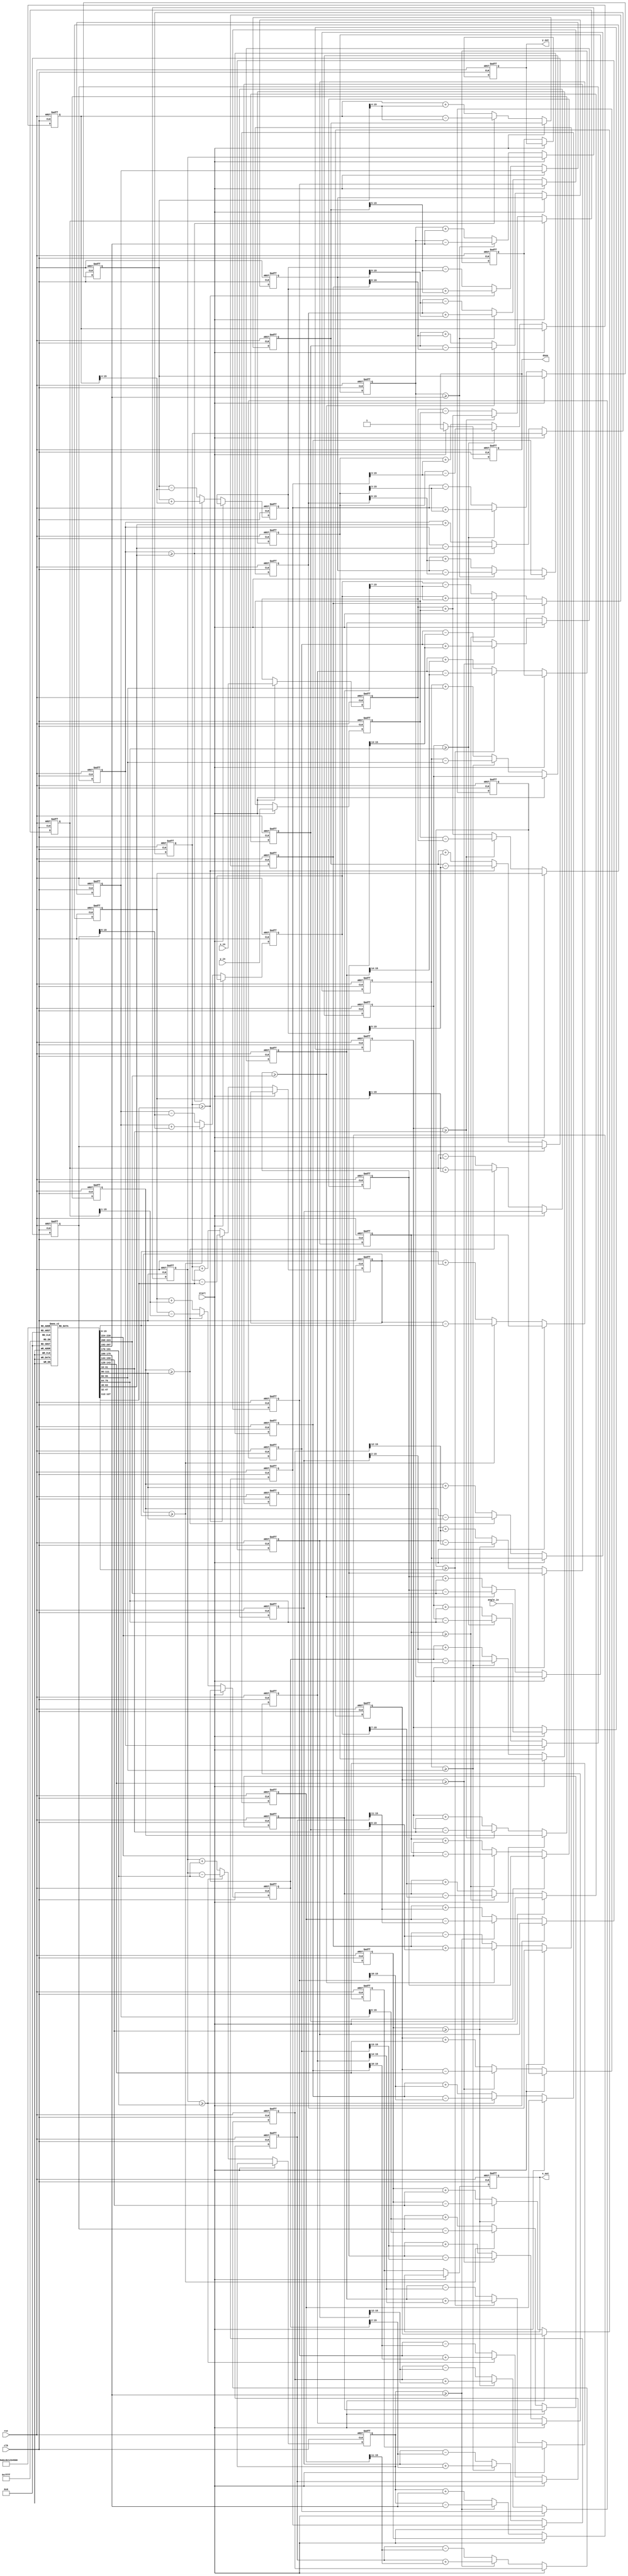
module pipeline_cordic (
    input clk,
    input rst,
    input start,
    input [15:0] x_in,       // Input X coordinate
    input [15:0] y_in,       // Input Y coordinate
    input [15:0] angle_in,   // Input angle in radians (scaled)
    output reg [15:0] x_out,  // Output X coordinate
    output reg [15:0] y_out,  // Output Y coordinate
    output reg done          // Indicates processing is complete
);

parameter NUM_STAGES = 16;  // Number of CORDIC stages
reg [15:0] x_reg [0:NUM_STAGES-1];  // Registers for X coordinates
reg [15:0] y_reg [0:NUM_STAGES-1];  // Registers for Y coordinates
reg [15:0] angle_reg [0:NUM_STAGES-1];  // Registers for angles
reg [NUM_STAGES-1:0] angle_table [0:NUM_STAGES-1];  // Angle Look-Up Table

// Initialize angle table (precomputed angles in fixed-point format)
initial begin
    angle_table[0] = 16'h1;  // Angle for stage 0
    angle_table[1] = 16'h26; // Angle for stage 1
    angle_table[2] = 16'h32; // Angle for stage 2
    angle_table[3] = 16'h3F; // Angle for stage 3
    // ... Continue initializing other stages
end

integer i;

always @(posedge clk or posedge rst) begin
    if (rst) begin
        // Reset outputs and registers
        x_out <= 0;
        y_out <= 0;
        done <= 0;
        for (i = 0; i < NUM_STAGES; i = i + 1) begin
            x_reg[i] <= 0;
            y_reg[i] <= 0;
            angle_reg[i] <= 0;
        end
    end else if (start) begin
        // Load initial values into the first stage
        x_reg[0] <= x_in;
        y_reg[0] <= y_in;
        angle_reg[0] <= angle_in;
    end else begin
        // Perform the CORDIC operation across the pipeline
        for (i = 0; i < NUM_STAGES - 1; i = i + 1) begin
            // Rotate/Vectoring Operation
            if (angle_reg[i] >= angle_table[i]) begin
                // Rotate negatively
                x_reg[i + 1] <= x_reg[i] + (y_reg[i] >> i);
                y_reg[i + 1] <= y_reg[i] - (x_reg[i] >> i);
                angle_reg[i + 1] <= angle_reg[i] - angle_table[i];
            end else begin
                // Rotate positively
                x_reg[i + 1] <= x_reg[i] - (y_reg[i] >> i);
                y_reg[i + 1] <= y_reg[i] + (x_reg[i] >> i);
                angle_reg[i + 1] <= angle_reg[i] + angle_table[i];
            end
        end
        
        // Final stage output
        x_out <= x_reg[NUM_STAGES-1];
        y_out <= y_reg[NUM_STAGES-1];
        done <= 1; // Indicate completion
    end
end

endmodule